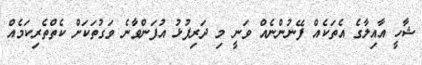
ޝާހީ އާއިލާގެ އެތަކެއް ފޭނުންނެއް ވަނީ މި ދަރިފުޅު އުފަންވާނެ ވަގުތަކަށް ކެތްތެރިކަމެއް